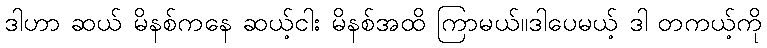
ဒါဟာ ဆယ် မိနစ်ကနေ ဆယ့်ငါး မိနစ်အထိ ကြာမယ်။ဒါပေမယ့် ဒါ တကယ့်ကို